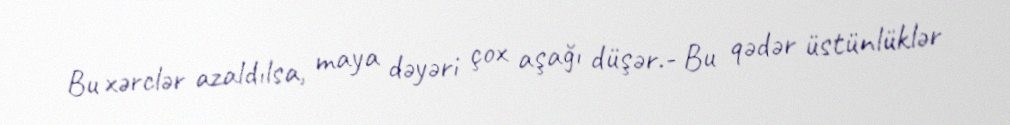
Bu xərclər azaldılsa, maya dəyəri çox aşağı düşər.- Bu qədər üstünlüklər